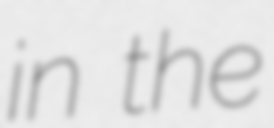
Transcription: in the